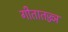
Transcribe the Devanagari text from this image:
गीतातज्ज्ञ